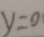
y = 0